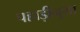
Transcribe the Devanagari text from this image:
पहाड़ीनुमा